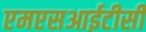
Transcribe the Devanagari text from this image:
एमएसआईटीसी